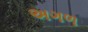
અગળ